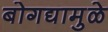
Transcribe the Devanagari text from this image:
बोगद्यामुळे